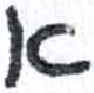
אות: א